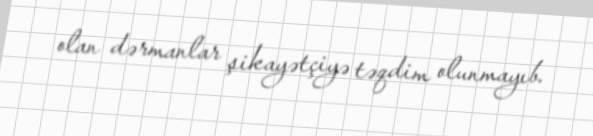
olan dərmanlar şikayətçiyə təqdim olunmayıb.